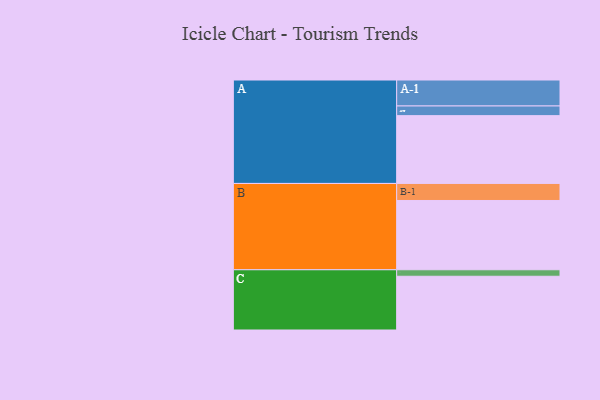
{"axis": {"x": "Segment", "y": "Value"}, "legend": ["", "A", "B", "C"], "data": [{"x": "A", "y": 554, "type": ""}, {"x": "B", "y": 566, "type": ""}, {"x": "C", "y": 439, "type": ""}, {"x": "A-1", "y": 212, "type": "A"}, {"x": "A-2", "y": 79, "type": "A"}, {"x": "B-1", "y": 139, "type": "B"}, {"x": "C-1", "y": 53, "type": "C"}]}